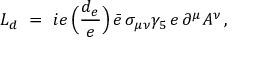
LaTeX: { \cal L } _ { d } \ = \ i e \, \Big ( \frac { d _ { e } } { e } \Big ) \, \bar { e } \, \sigma _ { \mu \nu } \gamma _ { 5 } \, e \, \partial ^ { \mu } A ^ { \nu } \, ,